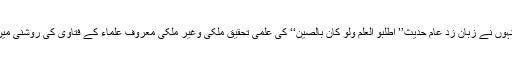
اس کتابچہ میں انہوں نے زبان زد عام حدیث’’ اطلبو العلم ولو کان بالصین‘‘ کی علمی تحقیق ملکی وغیر ملکی معروف علماء کے فتاویٰ کی روشنی میں مرتب کی ہے۔